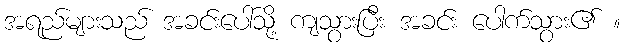
အရည်များသည် အခင်းပေါ်သို့ ကျသွားပြီး အခင်း ပေါက်သွား၏ ။